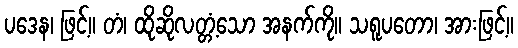
ပဒေန၊ ဖြင့်။ တံ၊ ထိုဆိုလတ္တံ့သော အနက်ကို။ သရူပတော၊ အားဖြင့်။